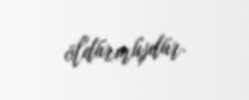
öldürmüşdür.